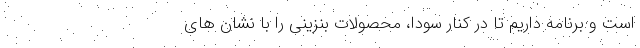
است و برنامه داریم تا در کنار سودا، محصولات بنزینی را با نشان های